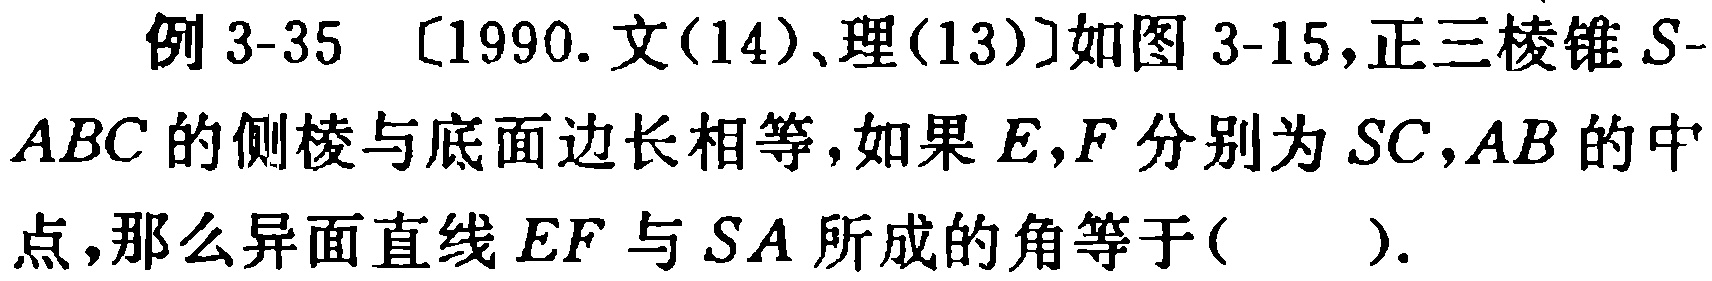
例 3-35 [1990. 文(14)、理(13)]如图 3-15，正三棱锥 \(S - ABC\) 的侧棱与底面边长相等，如果 \(E,F\) 分别为 \(SC,AB\) 的中点，那么异面直线 \(EF\) 与 \(SA\) 所成的角等于( ).